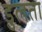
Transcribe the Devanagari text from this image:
डुलता